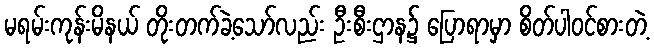
မရမ်းကုန်းမိနယ် တိုးတက်ခဲ့သော်လည်း ဦးစီးဌာန၌ ပြောရာမှာ စိတ်ပါဝင်စားတဲ့